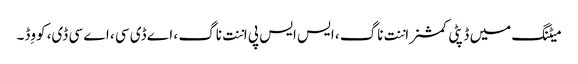
میٹنگ میں ڈپٹی کمشنر اننت ناگ ، ایس ایس پی اننت ناگ ، اے ڈی سی ، اے سی ڈی، کووِڈ۔